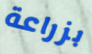
بزراعة